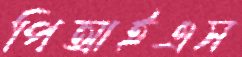
পিআইএস